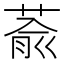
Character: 萮